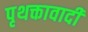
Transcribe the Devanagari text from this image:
पृथक्तावादी